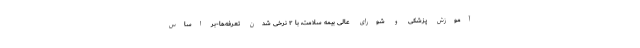
آموزش پزشکی و شورای عالی بیمه سلامت، با ۲ نرخی شدن تعرفه‌ها-بر اساس